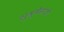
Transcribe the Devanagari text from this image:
शुश्रूषेसाठी